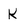
Character: K